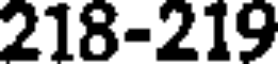
218-219